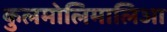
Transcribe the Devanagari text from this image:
कुलमोलिमालिआ